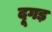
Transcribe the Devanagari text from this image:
दूगड़